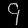
Digit: ၄